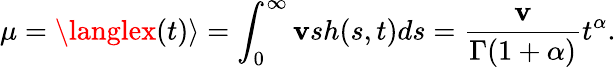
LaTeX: \mu=\langlex(t)\rangle=\int_{0}^{\infty}\mathbf{v}sh(s,t)ds=\frac{{\mathbf{v}}}{{\Gamma(1+\alpha)}}t^{\alpha}.